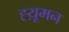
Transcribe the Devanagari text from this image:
ह्य़ूमन